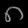
Digit: ၈